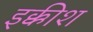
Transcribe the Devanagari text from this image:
इक्कीश